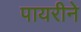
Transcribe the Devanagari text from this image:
पायरीने